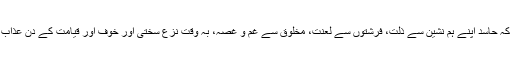
ایک بزرگ کا مقولہ ہے کہ حاسد اپنے ہم نشین سے ذلت، فرشتوں سے لعنت، مخلوق سے غم و غصہ، بہ وقت نزع سختی اور خوف اور قیامت کے دن عذاب کے علاوہ کچھ نہیں پاتا۔